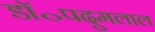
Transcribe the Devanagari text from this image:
डॉ॰पदुमलाल